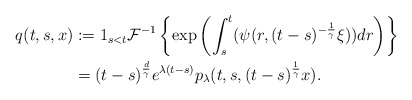
\begin{align*}q(t,s,x)&:=1_{s<t}\mathcal{F}^{-1}\left\{\exp\left(\int_{s}^{t}(\psi(r,(t-s)^{-\frac{1}{\gamma}}\xi))dr\right)\right\}\\ &=(t-s)^{\frac{d}{\gamma}}e^{\lambda(t-s)}p_{\lambda}(t,s,(t-s)^{\frac{1}{\gamma}}x).\end{align*}